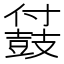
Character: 䵾